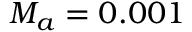
M _ { a } = 0 . 0 0 1